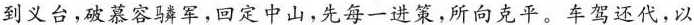
到义台，破慕容磷军，回定中山，先每一进策，所向克平。车驾还代，以